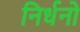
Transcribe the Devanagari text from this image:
निर्धनो